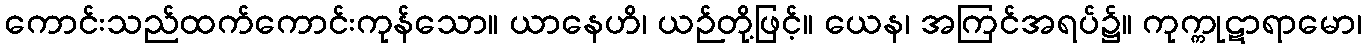
ကောင်းသည်ထက်ကောင်းကုန်သော။ ယာနေဟိ၊ ယဉ်တို့ဖြင့်။ ယေန၊ အကြင်အရပ်၌။ ကုက္ကုဋာရာမော၊